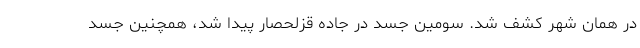
در همان شهر کشف شد. سومین جسد در جاده قزلحصار پیدا شد، همچنین جسد